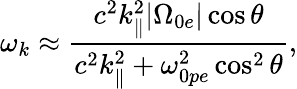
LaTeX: \omega_{k}\approx\frac{c^{2}k_{\parallel}^{2}|\Omega_{0e}|\cos\theta}{c^{2}k_{\parallel}^{2}+\omega_{0pe}^{2}\cos^{2}\theta},